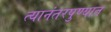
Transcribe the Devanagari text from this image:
त्यानंतरपुण्यात